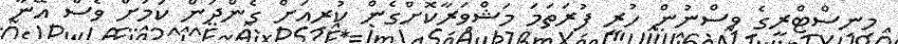
މިނިސްޓްރީގެ ވިސްނުން ހުރީ ފުރަތަމަ މަޝްވަރާކޮށްގެން ކުރިއަށް ގެންދަން ކަމަށް ވެސް އޭނާ